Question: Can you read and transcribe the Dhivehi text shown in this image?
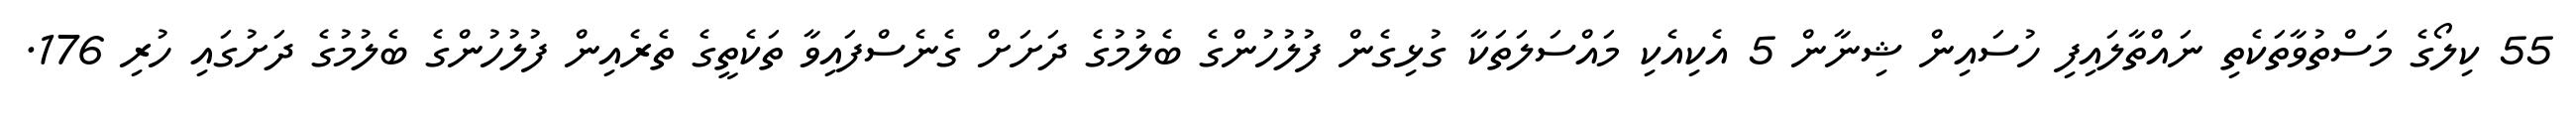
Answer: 55 ކިލޯގެ މަސްތުވާތަކެތި ނައްތާލައިފި ހުސައިން ޝިނާން 5 އެކިއެކި މައްސަލަތަކާ ގުޅިގެން ފުލުހުންގެ ބެލުމުގެ ދަށަށް ގެނެސްފައިވާ ތަކެތީގެ ތެރެއިން ފުލުހުންގެ ބެލުމުގެ ދަށުގައި ހުރި 176.